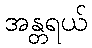
အန္တရယ်